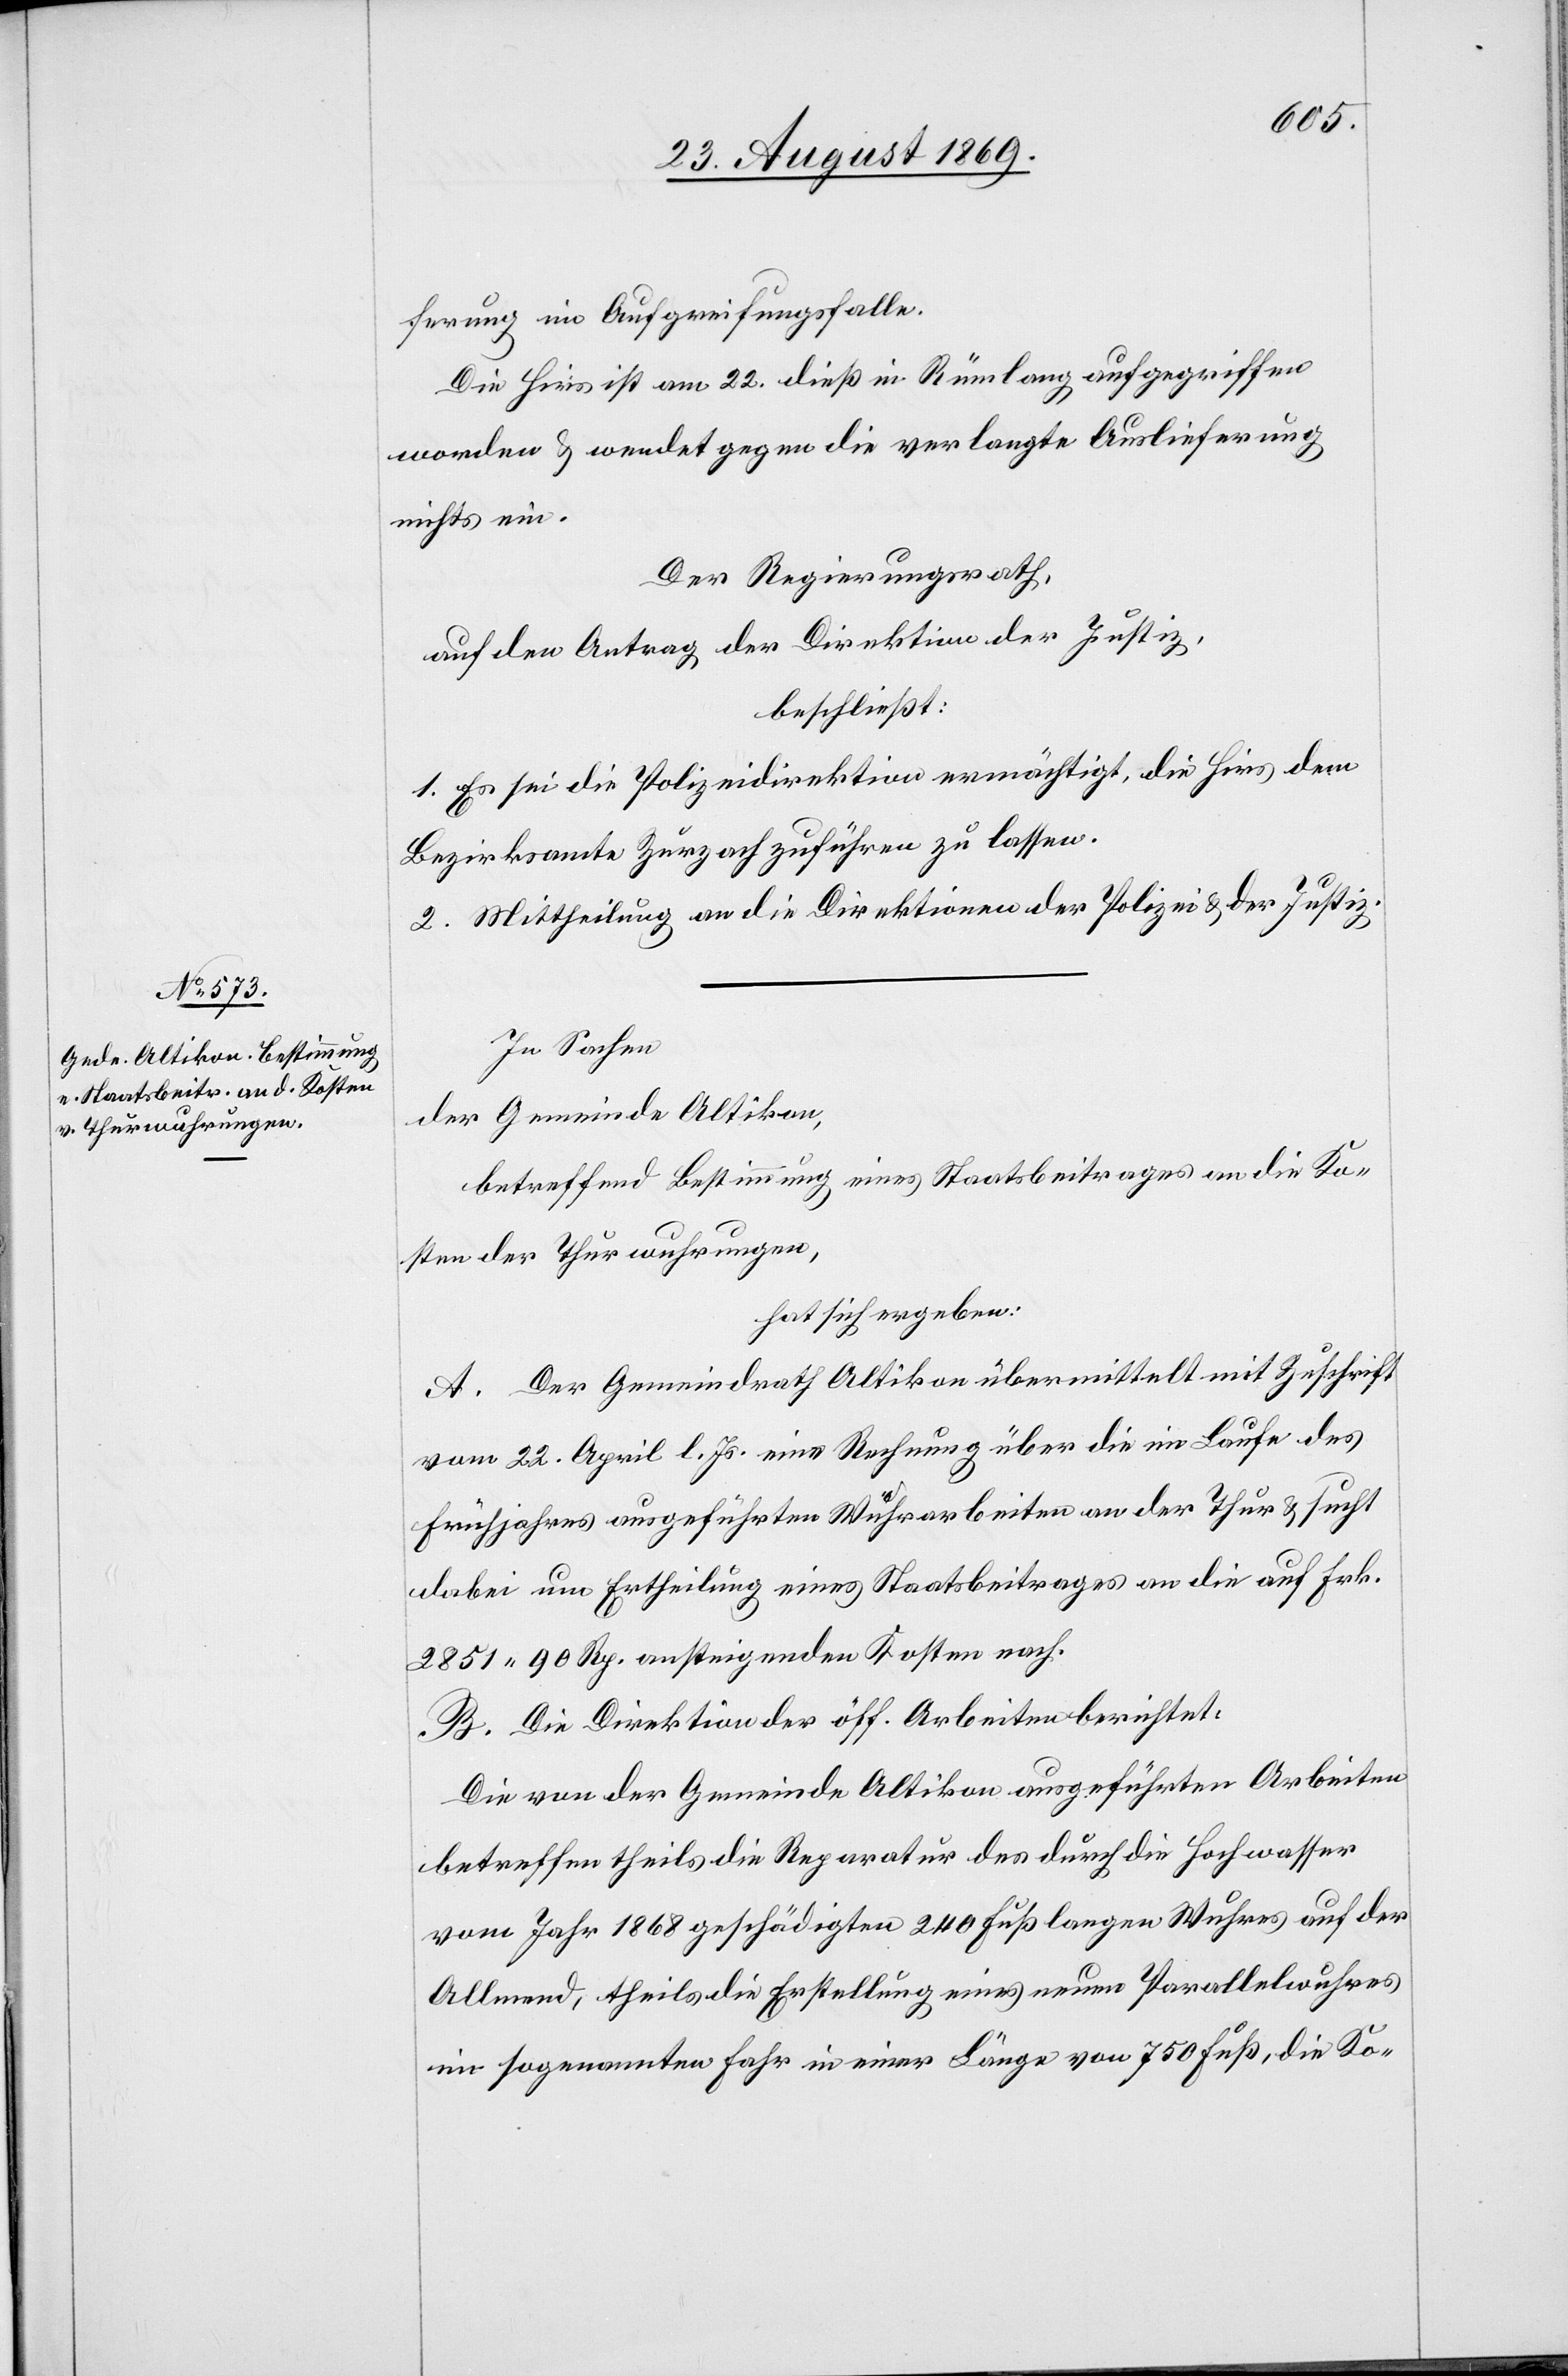
ferung im Aufgreifungsfalle.
Die Hirs ist am 22. dieß in Rümlang aufgegriffen
worden & wendet gegen die verlangte Auslieferung
nichts ein.
Der Regierungsrath,
auf den Antrag der Direktion der Justiz,
beschließt:
1. Es sei die Polizeidirektion ermächtigt, die Hirs dem
Bezirksamte Zurzach zuführen zu lassen.
2. Mittheilung an die Direktionen der Polizei & der Justiz.
In Sachen
der Gemeinde Altikon,
betreffend Bestimmung eines Staatsbeitrages an die Ko¬
sten der Thurwuhrungen,
hat sich ergeben:
A. Der Gemeindrath Altikon übermittelt mit Zuschrift
vom 22. April l. Js. eine Rechnung über die im Laufe des
Frühjahres ausgeführten Wuhrarbeiten an der Thur & sucht
dabei um Ertheilung eines Staatsbeitrages an die auf Frk.
2851 90 Rp. ansteigenden Kosten nach.
B. Die Direktion der öff. Arbeiten berichtet:
Die von der Gemeinde Altikon ausgeführten Arbeiten
betreffen theils die Reparatur des durch die Hochwasser
vom Jahr 1868 geschädigten 240 Fuß langen Wuhres auf der
Allmend, theils die Erstellung eines neuen Parallelwuhres
im sogenannten Fahr in einer Länge von 750 Fuß, die Ko-